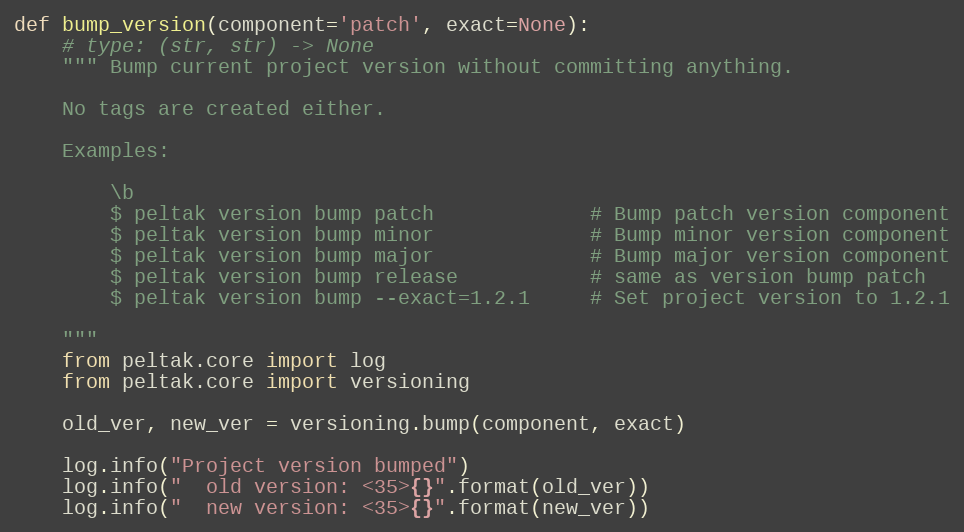
Language: Python
def bump_version(component='patch', exact=None):
    # type: (str, str) -> None
    """ Bump current project version without committing anything.

    No tags are created either.

    Examples:

        \b
        $ peltak version bump patch             # Bump patch version component
        $ peltak version bump minor             # Bump minor version component
        $ peltak version bump major             # Bump major version component
        $ peltak version bump release           # same as version bump patch
        $ peltak version bump --exact=1.2.1     # Set project version to 1.2.1

    """
    from peltak.core import log
    from peltak.core import versioning

    old_ver, new_ver = versioning.bump(component, exact)

    log.info("Project version bumped")
    log.info("  old version: <35>{}".format(old_ver))
    log.info("  new version: <35>{}".format(new_ver))